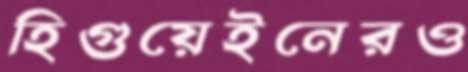
হিগুয়েইনেরও